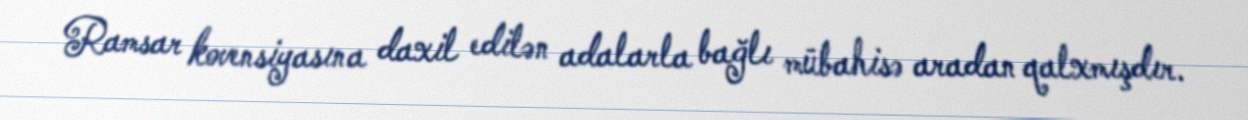
Ramsar kovensiyasına daxil edilən adalarla bağlı mübahisə aradan qalxmışdır.